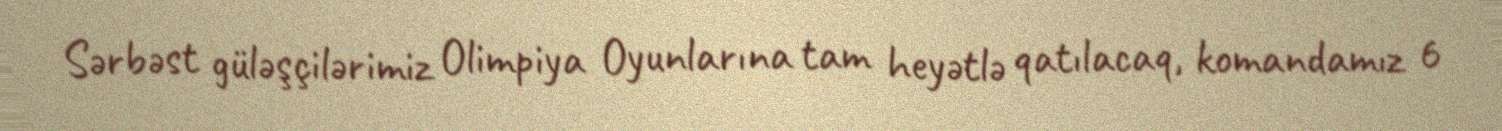
Sərbəst güləşçilərimiz Olimpiya Oyunlarına tam heyətlə qatılacaq, komandamız 6